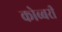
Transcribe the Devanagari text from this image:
कोब्बरी